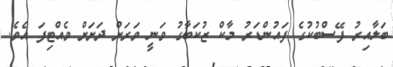
ބަލާއިރު ފޭސްބުކުގެ ފައުންޑަރު މާކް ޒުކަބާގު ވަނީ ވަރަށް ދަށަށް ވެއްޓިފަ އެވެ.